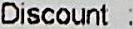
DISCOUNT :